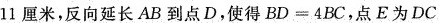
1 1 厘 米$$，反向延长AB到点D，使得$$B D = 4 B C$$，点E为DC